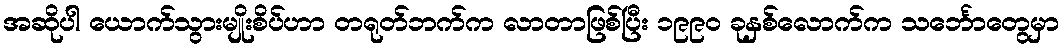
အဆိုပါ ယောက်သွားမျိုးစိပ်ဟာ တရုတ်ဘက်က လာတာဖြစ်ပြီး ၁၉၉၀ ခုနှစ်လောက်က သင်္ဘောတွေမှာ